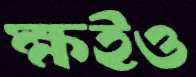
ক্ষইও